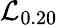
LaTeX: \mathcal{L}_{0.20}